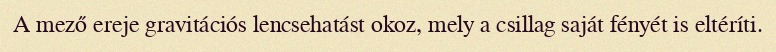
A mező ereje gravitációs lencsehatást okoz, mely a csillag saját fényét is eltéríti.